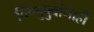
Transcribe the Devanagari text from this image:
विष्णुबुवांनाही